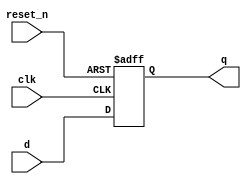
module falling_edge_register (
    input wire clk,          // Clock signal
    input wire reset_n,     // Active low reset signal
    input wire [7:0] d,     // Data input
    output reg [7:0] q      // Data output
);

    // Initial block for initialization
    initial begin
        q = 8'b0; // Initialize output to 0
    end

    // Always block sensitive to the falling edge of the clock
    always @(negedge clk or negedge reset_n) begin
        if (!reset_n) begin
            q <= 8'b0; // Reset output to 0 on active low reset
        end else begin
            q <= d; // Update output with input data on falling edge
        end
    end

endmodule